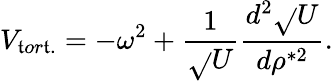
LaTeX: V_{\mathfrak{t}or\mathfrak{t}.}=-\omega^{2}+\frac{{1}}{{\sqrt{}{U}}}\frac{{d^{2}\sqrt{}{U}}}{{d\rho^{*2}}}.